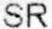
SR